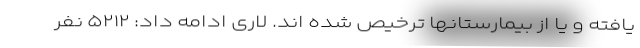
یافته و یا از بیمارستانها ترخیص شده اند. لاری ادامه داد: ۵۲۱۲ نفر